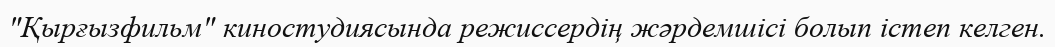
"Қырғызфильм" киностудиясында режиссердің жәрдемшісі болып істеп келген.